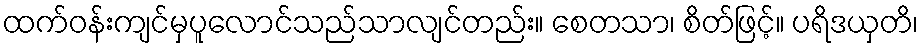
ထက်ဝန်းကျင်မှပူလောင်သည်သာလျင်တည်း။ စေတသာ၊ စိတ်ဖြင့်။ ပရိဒယှတိ၊